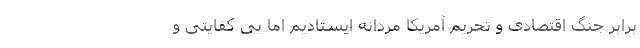
برابر جنگ اقتصادی و تحریم آمریکا مردانه ایستادیم اما بی کفایتی و